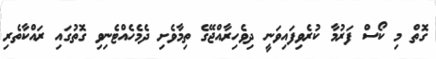
ގޮތް މި ކޯސް ފަރުމާ ކުރެވިފައިވަނީ ދިވެހިރާއްޖޭގެ ތިމާވެށި ދެމެހެއްޓެނިވި ގޮތުގައި ރައްކާތެރި